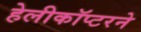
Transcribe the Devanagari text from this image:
हेलीकॉप्टरने